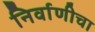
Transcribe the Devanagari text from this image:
निर्वाणीचा